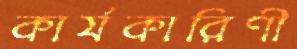
কার্যকারিণী